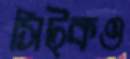
সিট্‌কও